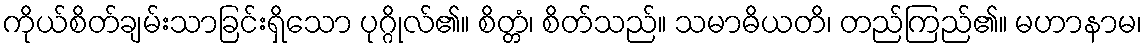
ကိုယ်စိတ်ချမ်းသာခြင်းရှိသော ပုဂ္ဂိုလ်၏။ စိတ္တံ၊ စိတ်သည်။ သမာဓိယတိ၊ တည်ကြည်၏။ မဟာနာမ၊